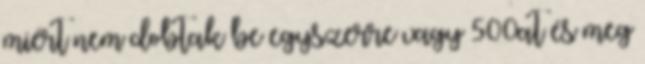
miért nem dobtak be egyszerre vagy 500at és meg